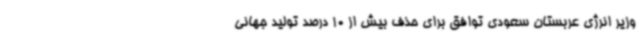
وزیر انرژی عربستان سعودی توافق برای حذف بیش از 10 درصد تولید جهانی